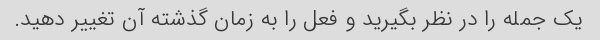
یک جمله را در نظر بگیرید و فعل را به زمان گذشته آن تغییر دهید.